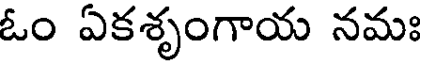
ఓం ఏకశృంగాయ నమః